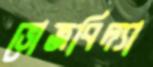
ভোজবিদ্যা